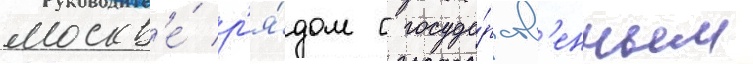
москв'е́ р'я́дом с госуда́рств'енным